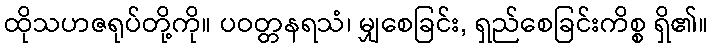
ထိုသဟဇရုပ်တို့ကို။ ပဝတ္တနရသံ၊ မျှစေခြင်း, ရှည်စေခြင်းကိစ္စ ရှိ၏။